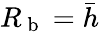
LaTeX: R_{\mathrm{~b~}}=\bar{h}